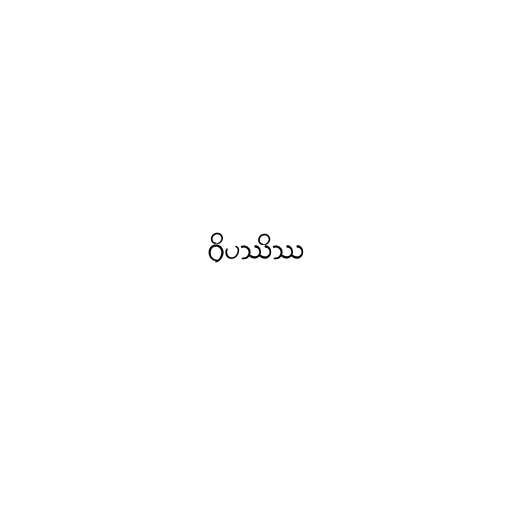
ဝိပဿိဿ